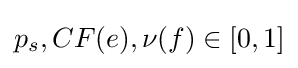
p_{s},CF(e),\nu (f)\in [0,1]